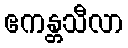
ဧကန္တသီလာ